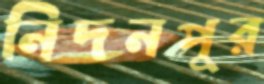
নিদনপুর